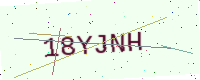
Text: 18YJNH